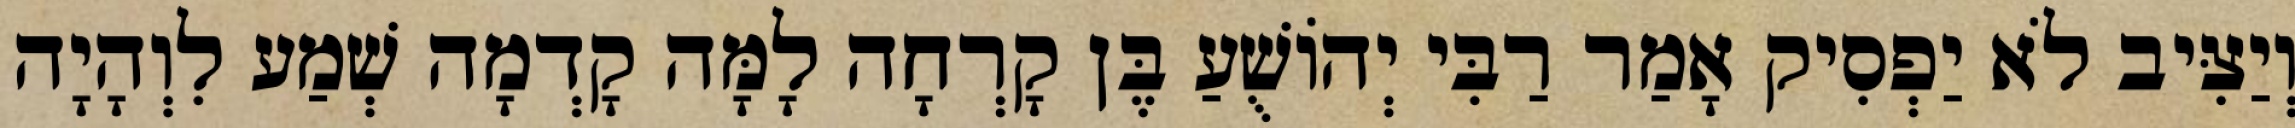
וְיַצִּיב לֹא יַפְסִיק אָמַר רַבִּי יְהוֹשֻׁעַ בֶּן קָרְחָה לָמָּה קָדְמָה שְׁמַע לִוְהָיָה